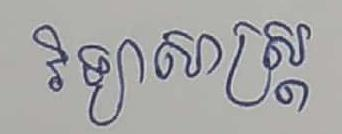
វិទ្យាសាស្ដ្រ